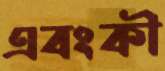
এবংকী